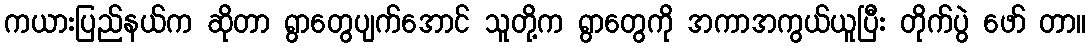
ကယားပြည်နယ်က ဆိုတာ ရွာတွေပျက်အောင် သူတို့က ရွာတွေကို အကာအကွယ်ယူပြီး တိုက်ပွဲ ဖော် တာ။